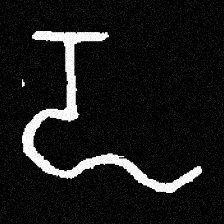
Pyu character \u2014 Myanmar letter: ဍ (romanized: dda)